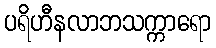
ပရိဟီနလာဘသက္ကာရော